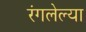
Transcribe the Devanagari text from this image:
रंगलेल्या